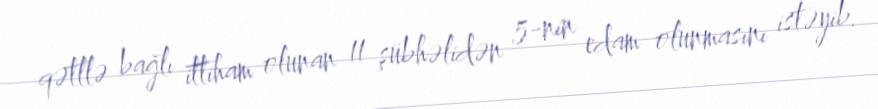
qətllə bağlı ittiham olunan 11 şübhəlidən 5-nin edam olunmasını istəyib.